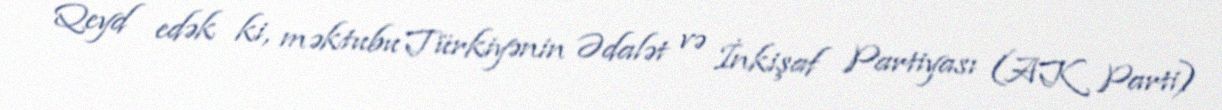
Qeyd edək ki, məktubu Türkiyənin Ədalət və İnkişaf Partiyası (AK Parti)